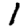
Digit: 1